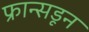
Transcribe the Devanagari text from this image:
फ्रान्सडून